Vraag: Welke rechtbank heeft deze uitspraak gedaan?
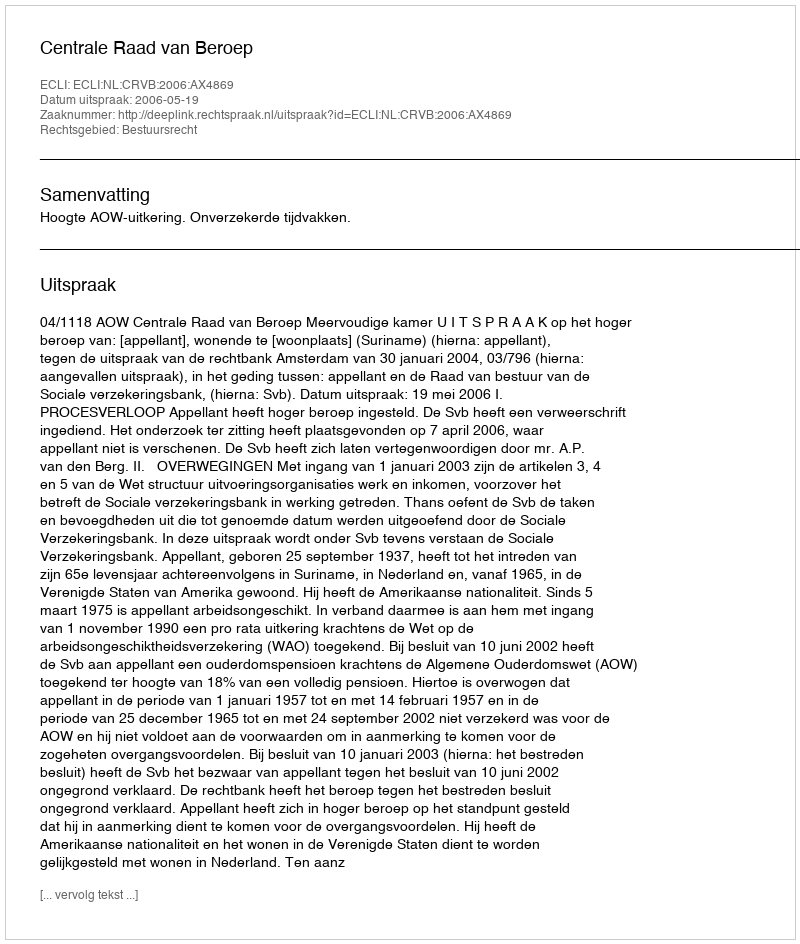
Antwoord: Centrale Raad van Beroep